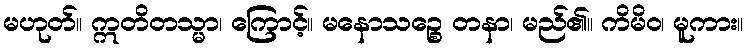
မဟုတ်။ ဣတိတသ္မာ၊ ကြောင့်။ မနောသဉ္စေ တနာ၊ မည်၏။ ကိမိဝ၊ မူကား။